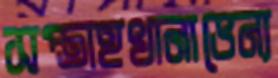
সপ্তাহখানাভেন্য